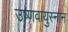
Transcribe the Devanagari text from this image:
उष्णवायुस्नान